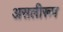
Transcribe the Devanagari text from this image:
असलीरूप